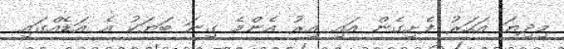
މިދިޔަ އަހަރު ފެށިގެން އައި އިރު އެންމެ ގިނަ ބަޔަކު އެ އަޑެއްގައި